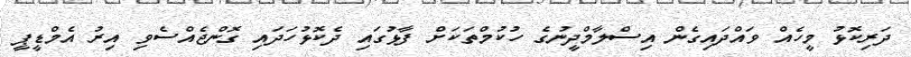
ދަރިކޮޅު މީހެއް ވައްދައިގެން އިސްލާމްދީނުގެ ހުކުމްތަކަށް ފާޅުގައި ދެކޮޅުހަދައި ގޮންޖެއްސެވި އިރު އެމްޑީޕީ